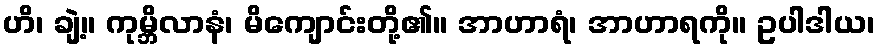
ဟိ၊ ချဲ့။ ကုမ္ဘိလာနံ၊ မိကျောင်းတို့၏။ အာဟာရံ၊ အာဟာရကို။ ဥပါဒါယ၊